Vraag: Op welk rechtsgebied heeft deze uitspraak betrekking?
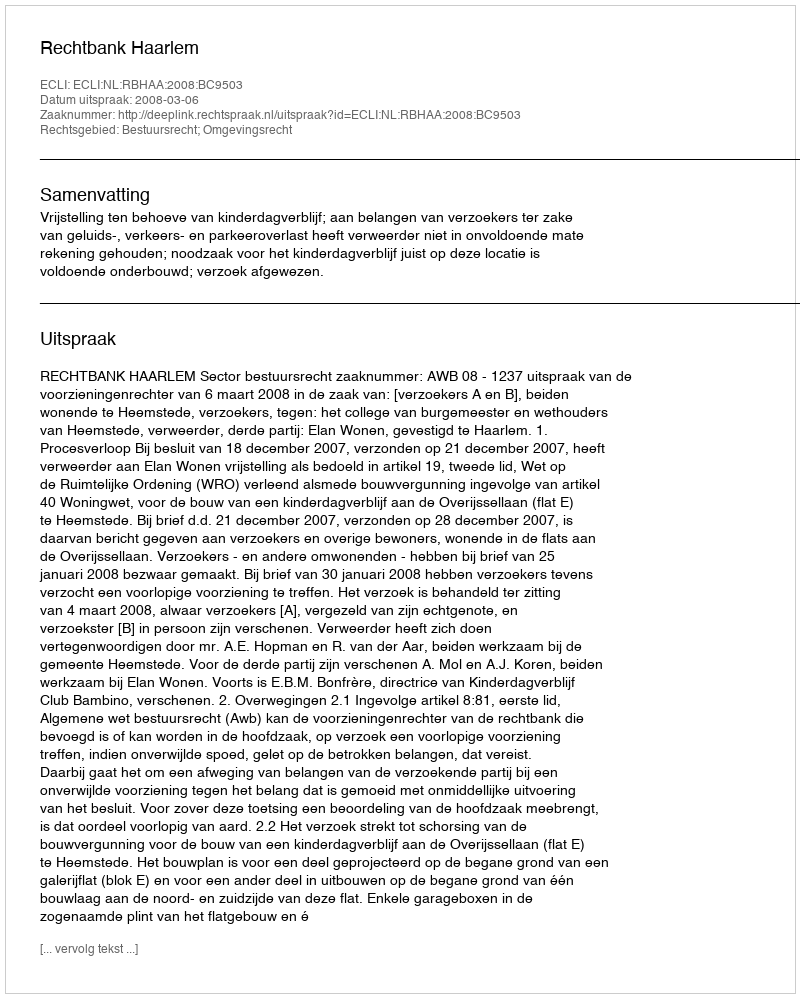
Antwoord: Bestuursrecht; Omgevingsrecht